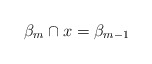
\begin{align*} \beta_{m} \cap x = \beta_{m-1} \end{align*}